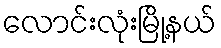
လောင်းလုံးမြို့နယ်